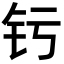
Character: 𬬨